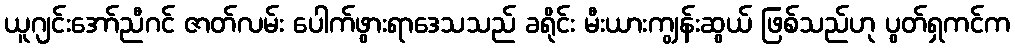
ယူဂျင်းအော်ညီဂင် ဇာတ်လမ်း ပေါက်ဖွားရာဒေသသည် ခရိုင်း မီးယားကျွန်းဆွယ် ဖြစ်သည်ဟု ပွတ်ရှကင်က